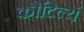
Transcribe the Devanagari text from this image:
कौटिल्यं